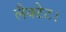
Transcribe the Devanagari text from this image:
लैक्टेट।